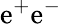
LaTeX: \mathrm{e^{+}e^{-}}